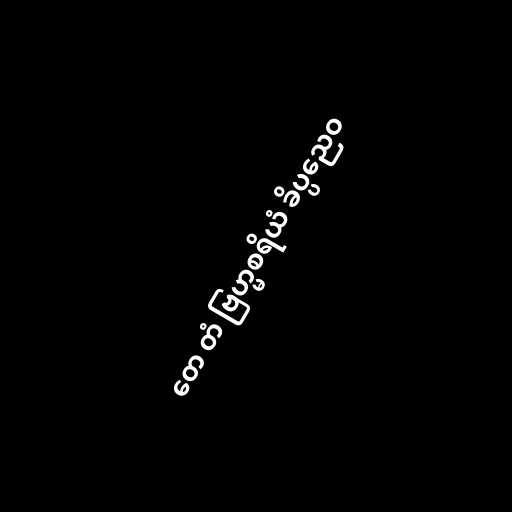
တေ တံ ဗြဟ္မစရိယံ ခိပ္ပညေဝ